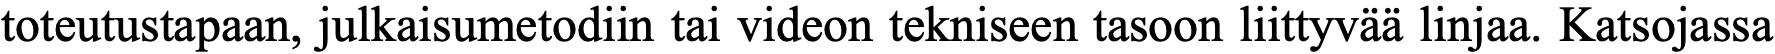
toteutustapaan, julkaisumetodiin tai videon tekniseen tasoon liittyvää linjaa. Katsojassa